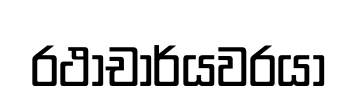
රථාචාර්යවරයා